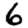
Digit: 6